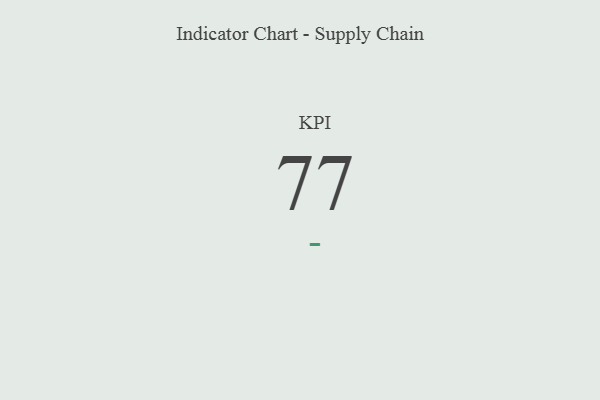
{"axis": {"x": "KPI", "y": "Value"}, "legend": [""], "data": [{"x": "KPI", "y": 77, "type": ""}]}